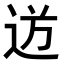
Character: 𮞍